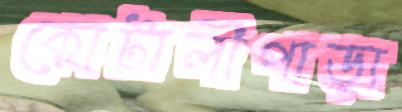
কোটালীপাড়া